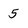
Character: 5